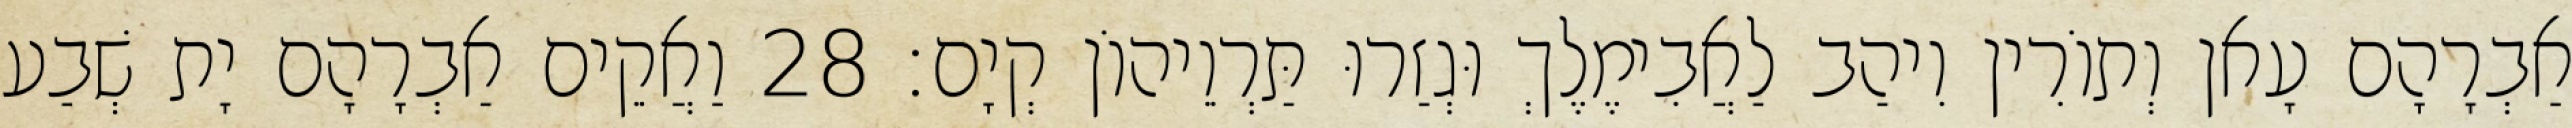
אַבְרָהָם עָאן וְתוֹרִין וִיהַב לַאֲבִימֶלֶךְ וּגְזַרוּ תַּרְוֵיהוֹן קְיָם׃ 28 וַאֲקֵים אַבְרָהָם יָת שְׁבַע